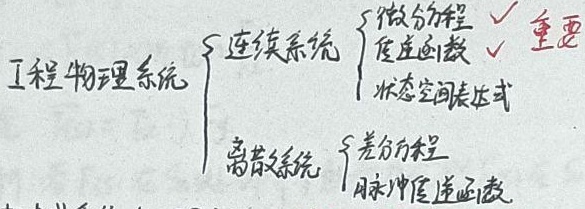
工程物理系统
\[
\begin{cases}
\text{连续系统} &
\begin{cases}
\text{微分方程}& \checkmark \text{重要}\\
\text{传递函数}& \checkmark\\
\text{状态空间表达式}
\end{cases}\\
\text{离散系统} &
\begin{cases}
\text{差分方程}\\
\text{脉冲传递函数}
\end{cases}
\end{cases}
\]